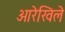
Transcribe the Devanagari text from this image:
आरेखिले